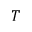
T